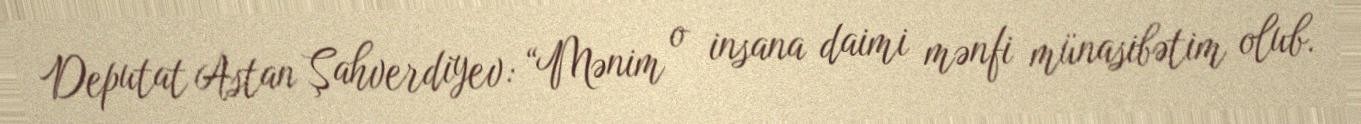
Deputat Astan Şahverdiyev: “Mənim o insana daimi mənfi münasibətim olub.